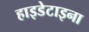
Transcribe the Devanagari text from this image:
हाइडेटाइना